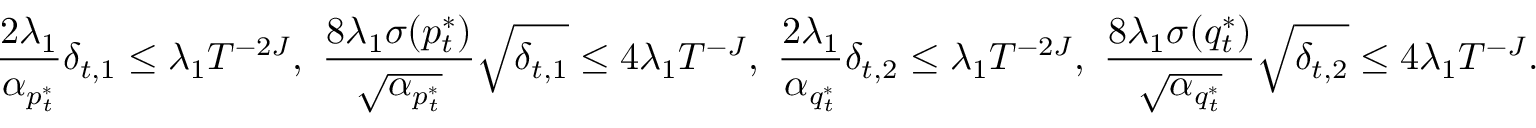
\frac { 2 \lambda _ { 1 } } { \alpha _ { p _ { t } ^ { * } } } \delta _ { t , 1 } \leq \lambda _ { 1 } T ^ { - 2 J } , \, \, \frac { 8 \lambda _ { 1 } \sigma ( p _ { t } ^ { * } ) } { \sqrt { \alpha _ { p _ { t } ^ { * } } } } \sqrt { \delta _ { t , 1 } } \leq 4 \lambda _ { 1 } T ^ { - J } , \, \, \frac { 2 \lambda _ { 1 } } { \alpha _ { q _ { t } ^ { * } } } \delta _ { t , 2 } \leq \lambda _ { 1 } T ^ { - 2 J } , \, \, \frac { 8 \lambda _ { 1 } \sigma ( q _ { t } ^ { * } ) } { \sqrt { \alpha _ { q _ { t } ^ { * } } } } \sqrt { \delta _ { t , 2 } } \leq 4 \lambda _ { 1 } T ^ { - J } .